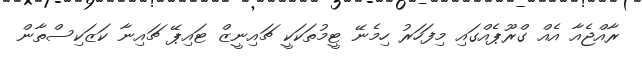
ރާއްޖެއާ އެއް ގްރޫޕެއްގައި މިފަހަރު ހިމެނޭ ޓީމުތަކަކީ ޗައިނީޒް ޓައިޕޭ ޗައިނާ ކަޒަކިސްތާން